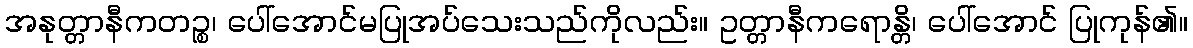
အနုတ္တာနီကတဉ္စ၊ ပေါ်အောင်မပြုအပ်သေးသည်ကိုလည်း။ ဥတ္တာနီကရောန္တိ၊ ပေါ်အောင် ပြုကုန်၏။